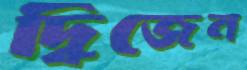
দ্বিজেন